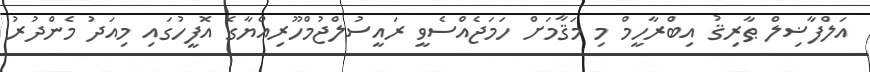
އަލްފާޟިލް ޠާރިޤު އިބްރާހީމް މި މަޤާމަށް ހަމަޖެއްސެވީ ރައީސުލްޖުމްހޫރިއްޔާގެ އޮފީހުގައި މިއަދު މެންދުރު